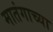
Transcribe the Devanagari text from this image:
मातंगाच्या